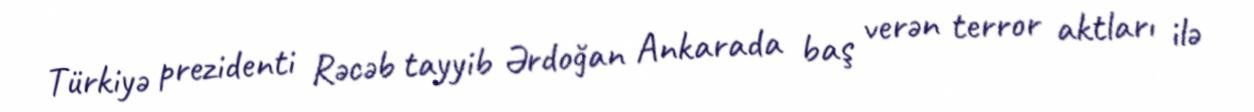
Türkiyə prezidenti Rəcəb tayyib Ərdoğan Ankarada baş verən terror aktları ilə